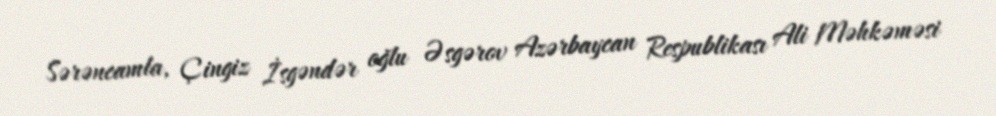
Sərəncamla, Çingiz İsgəndər oğlu Əsgərov Azərbaycan Respublikası Ali Məhkəməsi